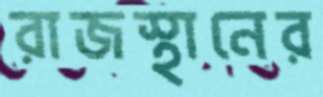
রাজস্থানের